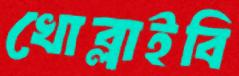
খোব্‌লাইবি